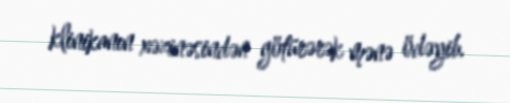
klinikanın xəzinəsindən götürərək mənə ödəyib.